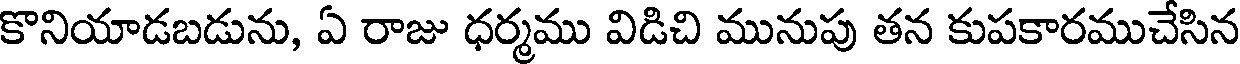
కొనియాడబడును, ఏ రాజు ధర్మము విడిచి మునుపు తన కుపకారముచేసిన